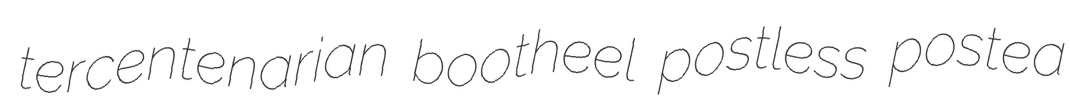
tercentenarian bootheel postless postea